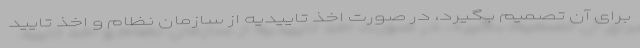
برای آن تصمیم بگیرد، در صورت اخذ تاییدیه از سازمان نظام و اخذ تایید